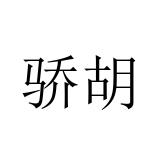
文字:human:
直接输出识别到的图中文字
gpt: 骄胡